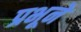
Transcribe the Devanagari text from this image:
प्रभूनें